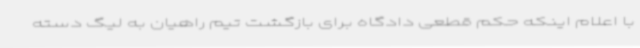
با اعلام اینکه حکم قطعی دادگاه برای بازگشت تیم راهیان به لیگ دسته